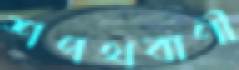
শপথবাণী